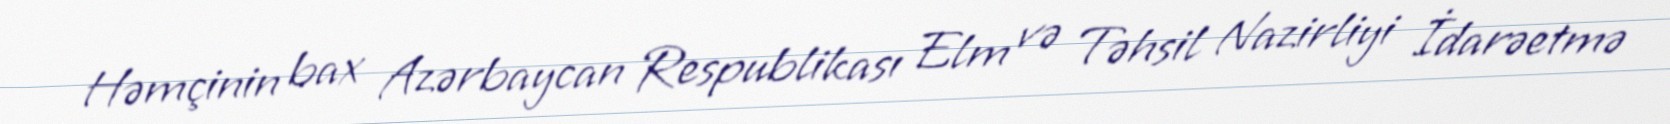
Həmçinin bax Azərbaycan Respublikası Elm və Təhsil Nazirliyi İdarəetmə